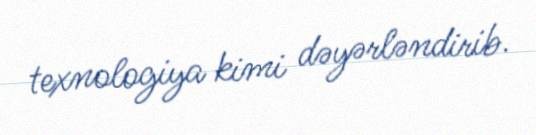
texnologiya kimi dəyərləndirib.